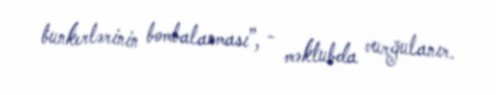
bunkerlərinin bombalanması”, - məktubda vurğulanır.